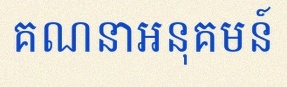
គណនាអនុគមន៍